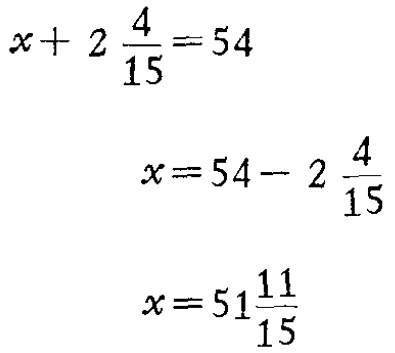
\[

\begin{align*}

x + 2\frac{4}{15}&=54\\

x&=54 - 2\frac{4}{15}\\

x&=51\frac{11}{15}

\end{align*}

\]